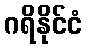
ဂရိနိုင်ငံ